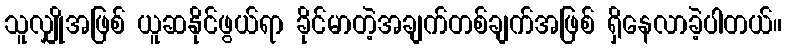
သူလျှိုအဖြစ် ယူဆနိုင်ဖွယ်ရာ ခိုင်မာတဲ့အချက်တစ်ချက်အဖြစ် ရှိနေလာခဲ့ပါတယ်။